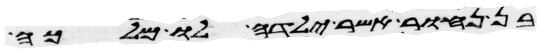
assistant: בן נחור אשר ילדה לו מלכה